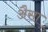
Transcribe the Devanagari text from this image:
अैसा